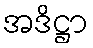
အဒိဋ္ဌာ